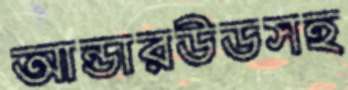
আন্ডারউডসহ